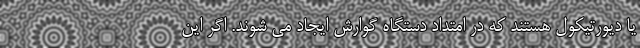
یا دیورتیکول هستند که در امتداد دستگاه گوارش ایجاد می شوند. اگر این